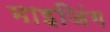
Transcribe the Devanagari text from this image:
माइजिंग